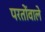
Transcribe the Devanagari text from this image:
परतोंवाले